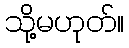
သို့မဟုတ်။